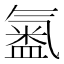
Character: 𭾍